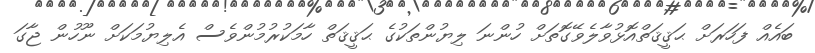
ބައެއް ފަހަރަށް ޙަޤީޤަތްއޮޅުވާލެވޭގޮތަށް ހުންނަ ލިޔުންތަކުގެ ޙަޤީޤަތް ހާމަކުރުމުންވެސް އެލިޔުމަކަށް ނޫހުން ޖާގަ